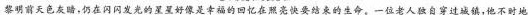
黎明前天色灰暗，仍在闪闪发光的星星好像是幸福的回忆在照亮快要结束的生命。一位老人独自穿过城镇，他不时地